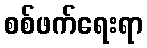
စစ်ဖက်ရေးရာ